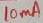
Text: 10µA